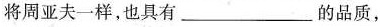
将周亚夫一样，也具有___的品质，